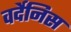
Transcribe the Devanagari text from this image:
वर्देनिस